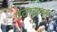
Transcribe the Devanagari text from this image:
एंटाइलस